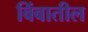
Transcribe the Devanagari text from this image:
बिंबातील